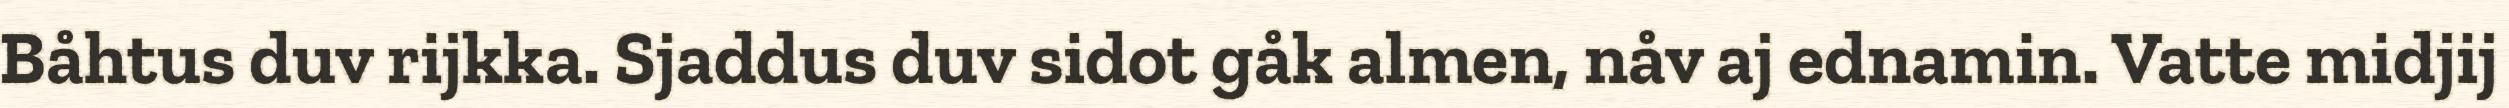
Båhtus duv rijkka. Sjaddus duv sidot gåk almen, nåv aj ednamin. Vatte midjij